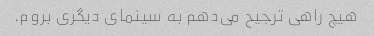
هیچ راهی ترجیح می‌دهم به سینمای دیگری بروم.